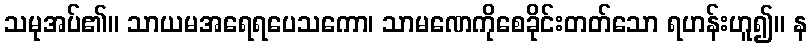
သမုအပ်၏။ သာယမအရေရပေသကော၊ သာမဏေကိုစေခိုင်းတတ်သော ရဟန်းဟူ၍။ န